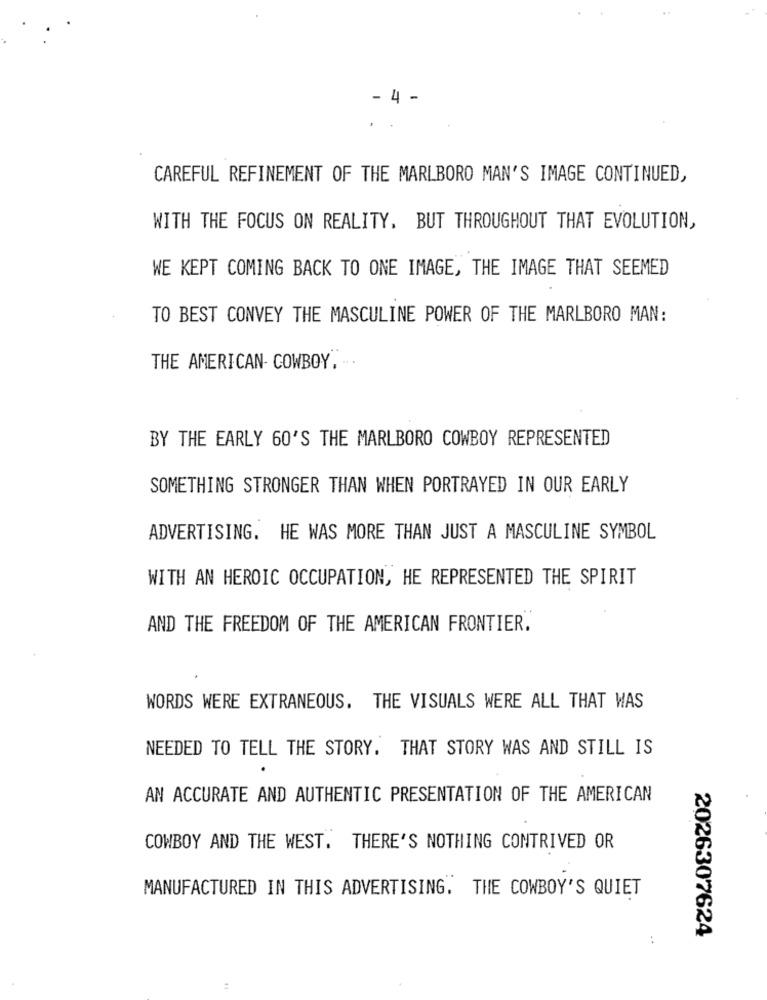
- 4 -
CAREFUL REFINEMENT OF THE MARLBORO MAN'S IMAGE CONTINUED,
WITH THE FOCUS ON REALITY. BUT THROUGHOUT THAT EVOLUTION,
WE KEPT COMING BACK TO ONE IMAGE, THE IMAGE THAT SEEMED
TO BEST CONVEY THE MASCULINE POWER OF THE MARLBORO MAN:
THE AMERICAN- COWBOY, ..
BY THE EARLY 60'S THE MARLBORO COWBOY REPRESENTED
SOMETHING STRONGER THAN WHEN PORTRAYED IN OUR EARLY
ADVERTISING. HE WAS MORE THAN JUST A MASCULINE SYMBOL
WITH AN HEROIC OCCUPATION, HE REPRESENTED THE SPIRIT
AND THE FREEDOM OF THE AMERICAN FRONTIER.
WORDS WERE EXTRANEOUS. THE VISUALS WERE ALL THAT WAS
NEEDED TO TELL THE STORY. THAT STORY WAS AND STILL IS
AN ACCURATE AND AUTHENTIC PRESENTATION OF THE AMERICAN
COWBOY AND THE WEST. THERE'S NOTHING CONTRIVED OR
MANUFACTURED IN THIS ADVERTISING. THE COWBOY'S QUIET
2026307624